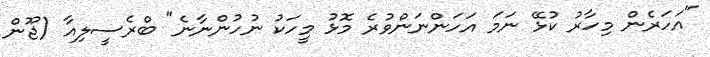
"އަހަރެން މިހާރު ކުޅޭ ނަމަ އަހަންނަންވުރެ މޮޅު މީހަކު ނުހުންނާނެ" ބްރެސީލިއާ (ޖޫން